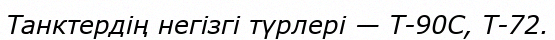
Танктердің негізгі түрлері — Т-90С, Т-72.